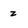
Character: z